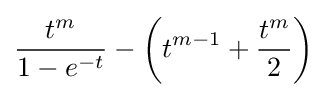
{\frac {t^{m}}{1-e^{-t}}}-\left(t^{m-1}+{\frac {t^{m}}{2}}\right)